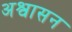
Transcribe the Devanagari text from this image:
अश्वासन